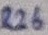
Text: R26